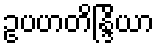
ဥပဟတိန္ဒြိယာ